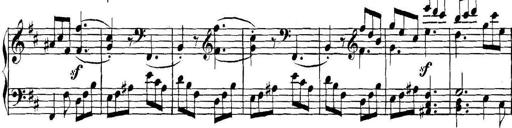
Title: Collected Piano Sonatas
Composer: Muzio Clementi